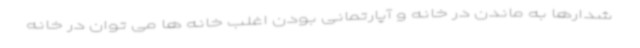
شدارها به ماندن در خانه و آپارتمانی بودن اغلب خانه ها می توان در خانه